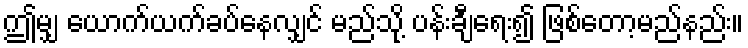
ဤမျှ ယောက်ယက်ခပ်နေလျှင် မည်သို့ ပန်းချီရေး၍ ဖြစ်တော့မည်နည်း။